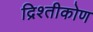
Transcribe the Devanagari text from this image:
द्रिश्तीकोण